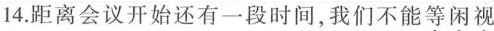
14.距离会议开始还有一段时间，我们不能等闲视